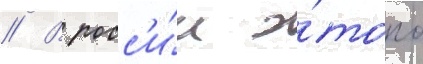
// В росс'и́и э́того